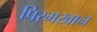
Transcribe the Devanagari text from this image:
पिरमखान